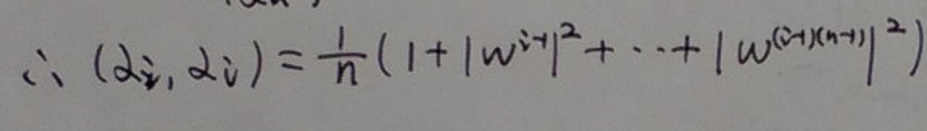
\(\therefore ( d \omega _ { 1 }, d \omega _ { 1 } ) = \frac { 1 } { n } ( 1 + | \omega ^ { ( 1 ) } | ^ { 2 } + \cdots + | \omega ^ { ( n + 1 ) } | ^ { 2 } )\)